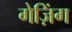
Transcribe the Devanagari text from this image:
गेज़िंग